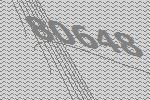
80648